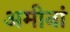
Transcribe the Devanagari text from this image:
अमीनां